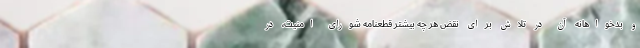
و بدخواهانه آن در تلاش برای نقض هر چه بیشتر قطعنامه شورای امنیت، در